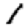
Digit: 1